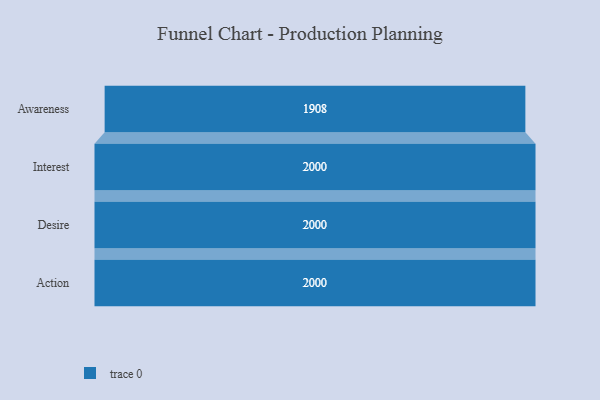
{"axis": {"x": "Stage", "y": "Value"}, "legend": [""], "data": [{"x": "Awareness", "y": 1908.0, "type": ""}, {"x": "Interest", "y": 2000, "type": ""}, {"x": "Desire", "y": 2000, "type": ""}, {"x": "Action", "y": 2000, "type": ""}]}